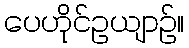
ပေဟိုင်ဥယျာဉ်။